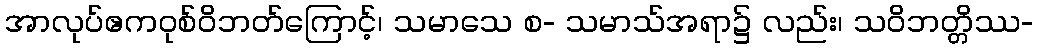
အာလုပ်ဧကဝုစ်ဝိဘတ်ကြောင့်၊ သမာသေ စ- သမာသ်အရာ၌ လည်း၊ သဝိဘတ္တိဿ-